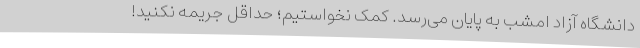
دانشگاه آزاد امشب به پایان می‌رسد. کمک نخواستیم؛ حداقل جریمه نکنید!